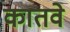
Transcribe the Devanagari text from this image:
कातवे